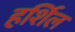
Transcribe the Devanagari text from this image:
हर्शिल